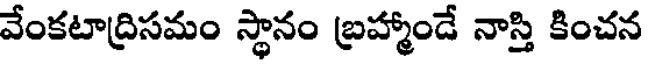
వేంకటాద్రిసమం స్థానం బ్రహ్మాండే నాస్తి కించన